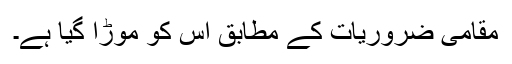
مقامی ضروریات کے مطابق اس کو موڑا گیا ہے۔